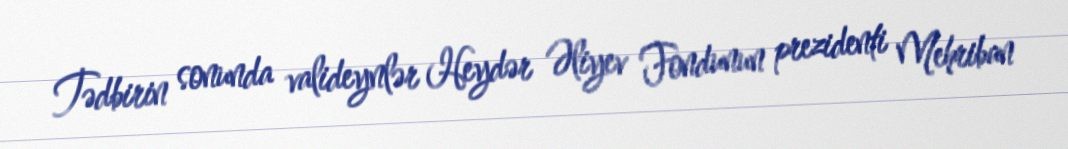
Tədbirin sonunda valideynlər Heydər Əliyev Fondunun prezidenti Mehriban